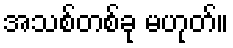
အသစ်တစ်ခု မဟုတ်။